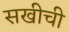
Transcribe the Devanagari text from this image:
सखीची